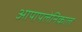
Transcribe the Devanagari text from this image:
आपापलेनिकाल